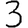
Digit: 3